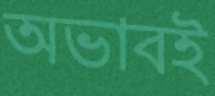
অভাবই